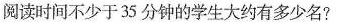
阅读时间不少于35分钟的学生大约有多少名?